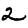
Digit: 2